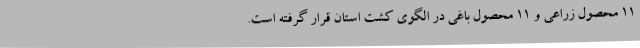
11 محصول زراعی و 11 محصول باغی در الگوی کشت استان قرار گرفته است.